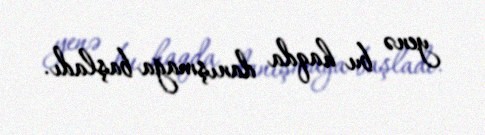
yenə bu haqda danışmağa başladı.